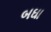
બઘા